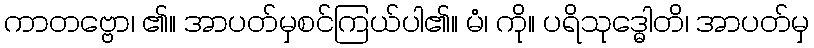
ကာတဗ္ဗော၊ ၏။ အာပတ်မှစင်ကြယ်ပါ၏။ မံ၊ ကို။ ပရိသုဒ္ဓေါတိ၊ အာပတ်မှ